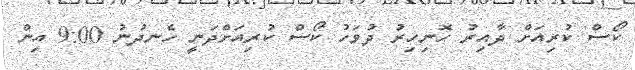
ކޯސް ކުރިއަށް ދާއިރު ހޮނިހިރު ދުވަހު ކޯސް ކުރިއަށްދަނީ ހެނދުނު 9:00 އިން